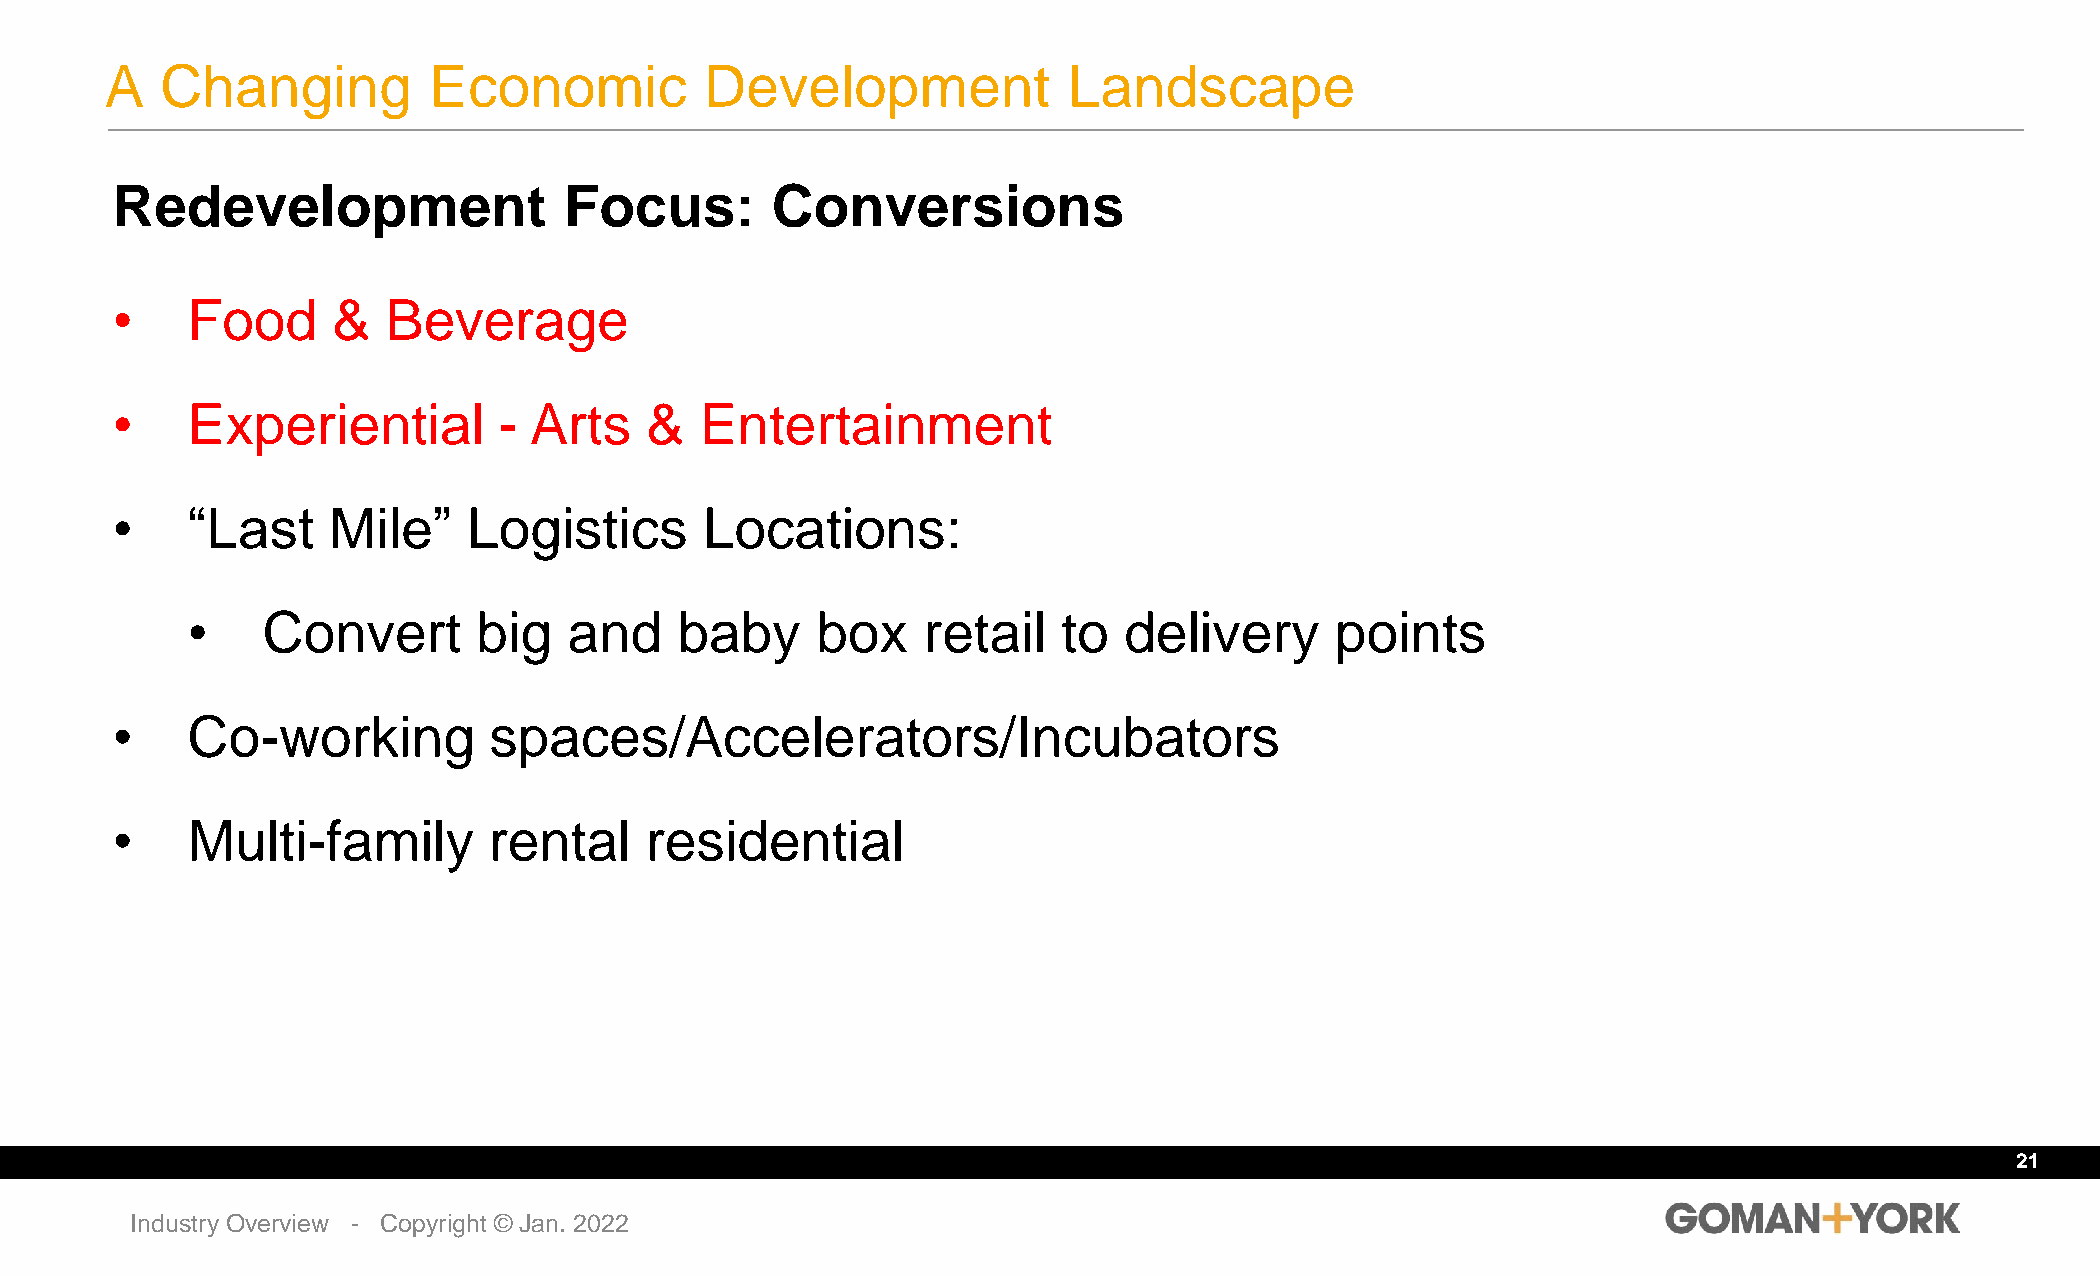
A   Changing         Economic           Development             Landscape
 Redevelopment                 Focus:        Conversions
 •    Food      &   Beverage
 •    Experiential         - Arts    &  Entertainment
 •    “Last     Mile”    Logistics       Locations:
 •    Convert        big   and    baby     box    retail   to  delivery      points
 •    Co-working          spaces/Accelerators/Incubators
 •    Multi-family        rental     residential
 21
 Industry Overview - Copyright © Jan. 2022